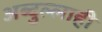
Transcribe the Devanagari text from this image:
अब्दुल्लाही